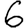
Digit: 6